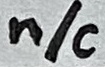
Text: n/c